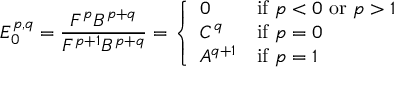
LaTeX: E _ { 0 } ^ { p , q } = { \frac { F ^ { p } B ^ { p + q } } { F ^ { p + 1 } B ^ { p + q } } } = { \left\{ \begin{array} { l l } { 0 } & { { \mathrm { i f ~ } } p < 0 { \mathrm { ~ o r ~ } } p > 1 } \\ { C ^ { q } } & { { \mathrm { i f ~ } } p = 0 } \\ { A ^ { q + 1 } } & { { \mathrm { i f ~ } } p = 1 } \end{array} \right. }